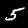
Label: 5